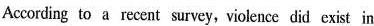
According to a recent survey,violence did exist in